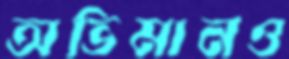
অভিমানও